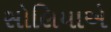
સોલિયાએ